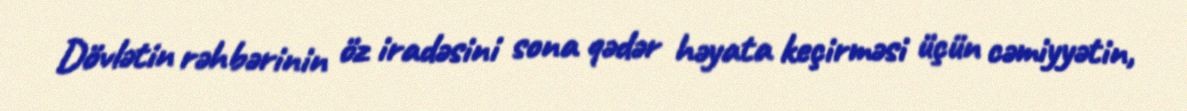
Dövlətin rəhbərinin öz iradəsini sona qədər həyata keçirməsi üçün cəmiyyətin,